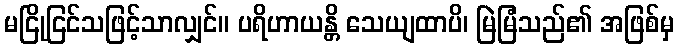
မငြိုငြင်သဖြင့်သာလျှင်။ ပရိဟာယန္တိ သေယျထာပိ၊ မြဲမြံသည်၏ အဖြစ်မှ